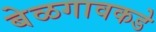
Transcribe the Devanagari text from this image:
बेळगावकडे